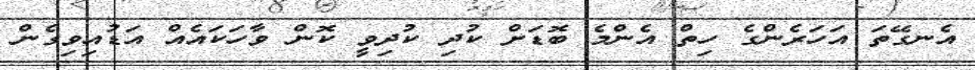
އެނގޭތަ އަހަރެންގެ ހިތް އެންމެ ބޮޑަށް ކުދި ކުދިވީ ކޮން ވާހަކައެއް އަޑުއިވިގެން